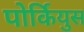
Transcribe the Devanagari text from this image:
पोर्कियुस